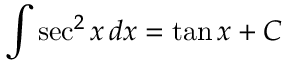
\int \sec ^ { 2 } x \, d x = \tan x + C